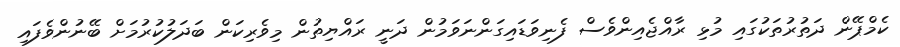
ކެމްޕޭން ދަތުރުތަކުގައި މުޅި ރާއްޖެއިންވެސް ފެނިވަޑައިގަންނަވަމުން ދަނީ ރައްޔިތުން މިވެރިކަން ބަދަލުކުރުމަށް ބޭނުންވެފައި